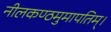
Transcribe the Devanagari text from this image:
नीलकण्ठमुमापतिम्।